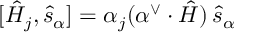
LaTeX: [ \hat { H } _ { j } , \hat { s } _ { \alpha } ] = \alpha _ { j } ( \alpha ^ { \vee } \cdot \hat { H } ) \thinspace \hat { s } _ { \alpha }